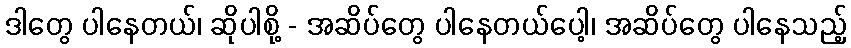
ဒါတွေ ပါနေတယ်၊ ဆိုပါစို့ - အဆိပ်တွေ ပါနေတယ်ပေါ့၊ အဆိပ်တွေ ပါနေသည့်